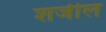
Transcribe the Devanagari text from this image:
शर्जील